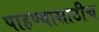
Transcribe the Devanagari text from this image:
पाहण्यासाठीच